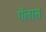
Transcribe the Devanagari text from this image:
गॅलास